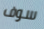
سوف